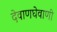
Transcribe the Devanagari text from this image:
देवाणघेवाणी